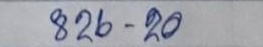
826 - 20